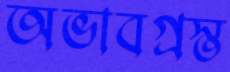
অভাবগ্রস্ত